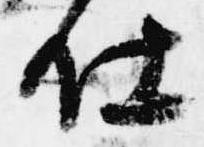
仕